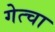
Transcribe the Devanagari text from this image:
गेत्चा